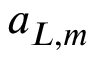
\boldsymbol { a } _ { L , m }